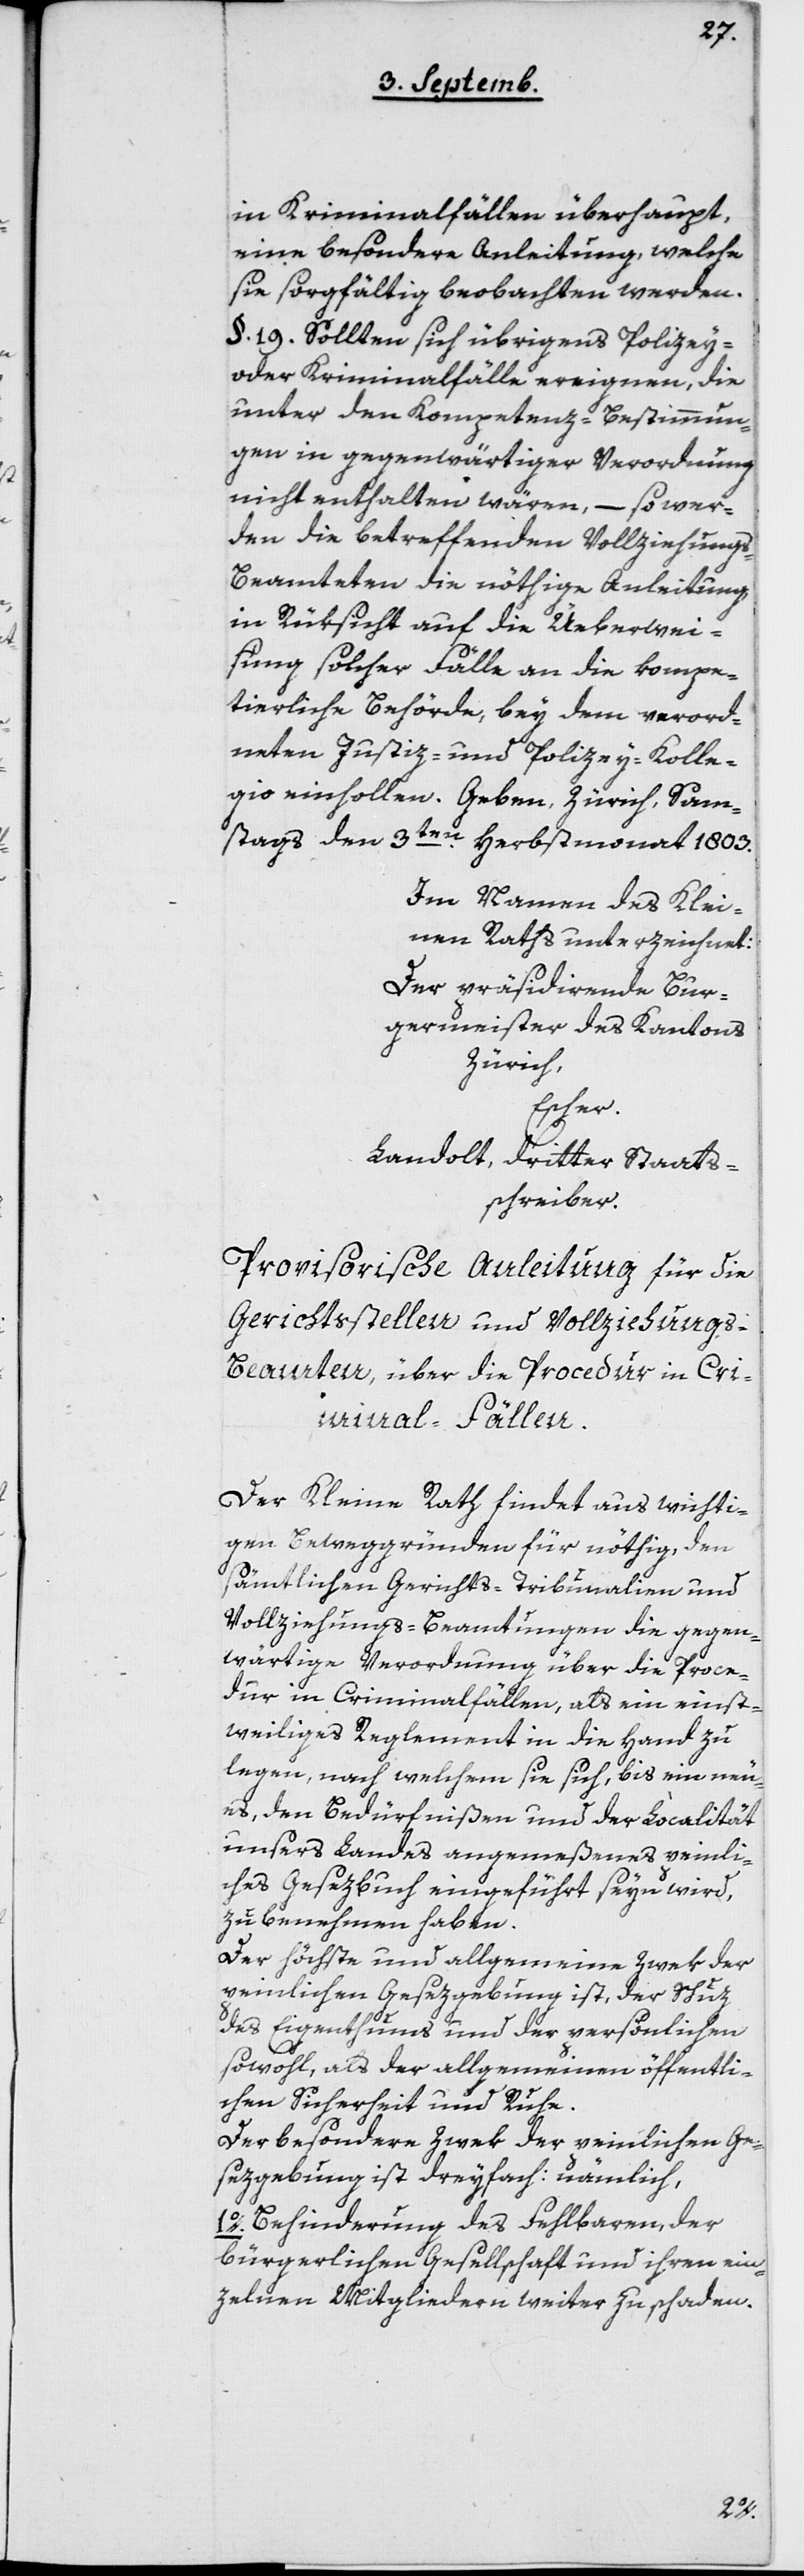
in Kriminalfällen überhaupt,
eine besondere Anleitung, welche
sie sorgfältig beobachten werden.
§ 19. Sollten sich übrigens Polizey-
oder Kriminalfälle ereignen, die
unter den Kompetenz-Bestimmun¬
gen in gegenwärtiger Verordnung
nicht enthalten wären, – so wer¬
den die betreffenden Vollziehungs¬
beamteten die nöthige Anleitung
in Rücksicht auf die Überwei¬
sung solcher Fälle an die kompe¬
tierliche Behörde, bei dem verord¬
neten Justiz- und Polizey-Kollegio
Samstag den 3ten Herbstmonat 1803.
Im Namen des Klei¬
nen Raths unterzeichnet:
Der präsidirende Bur¬
germeister des Kantons
Zürich,
Escher.
Landolt, dritter Staats¬
schreiber.
Provisorische Anleitung für die
Gerichtsstellen und Vollziehungs¬
beamten, über die Procedur in Cri¬
minal-Fällen.
Der Kleine Rath findet aus wichti¬
gen Beweggründen für nöthig, den
sämtlichen Gerichts-Tribunalien und
Vollziehungs-Beamtungen die gegen¬
wärtige Verordnung über die Proce¬
dur in Criminalfällen, als ein einst¬
weiliges Reglement in die Hand zu
legen, nach welchem sie sich, bis ein neu¬
es, den Bedürfnißen und der Localität
unsers Landes angemeßenes peinli¬
ches Gesezbuch eingeführt seyn wird,
zu benehmen haben.
Der höchste und allgemeine Zwek der
peinlichen Gesezgebung ist, der Schuz
des Eigenthums und der persönlichen
sowohl, als der allgemeinen öffentli¬
chen Sicherheit und Ruhe.
Der besondere Zwek der peinlichen Ge¬
sezgebung ist dreyfach: nämlich,
1o Behinderung des Fehlbaren, der
bürgerlichen Gesellschaft und ihren ein¬
zelnen Mitgliedern weiter zu schaden.